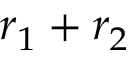
r _ { 1 } + r _ { 2 }